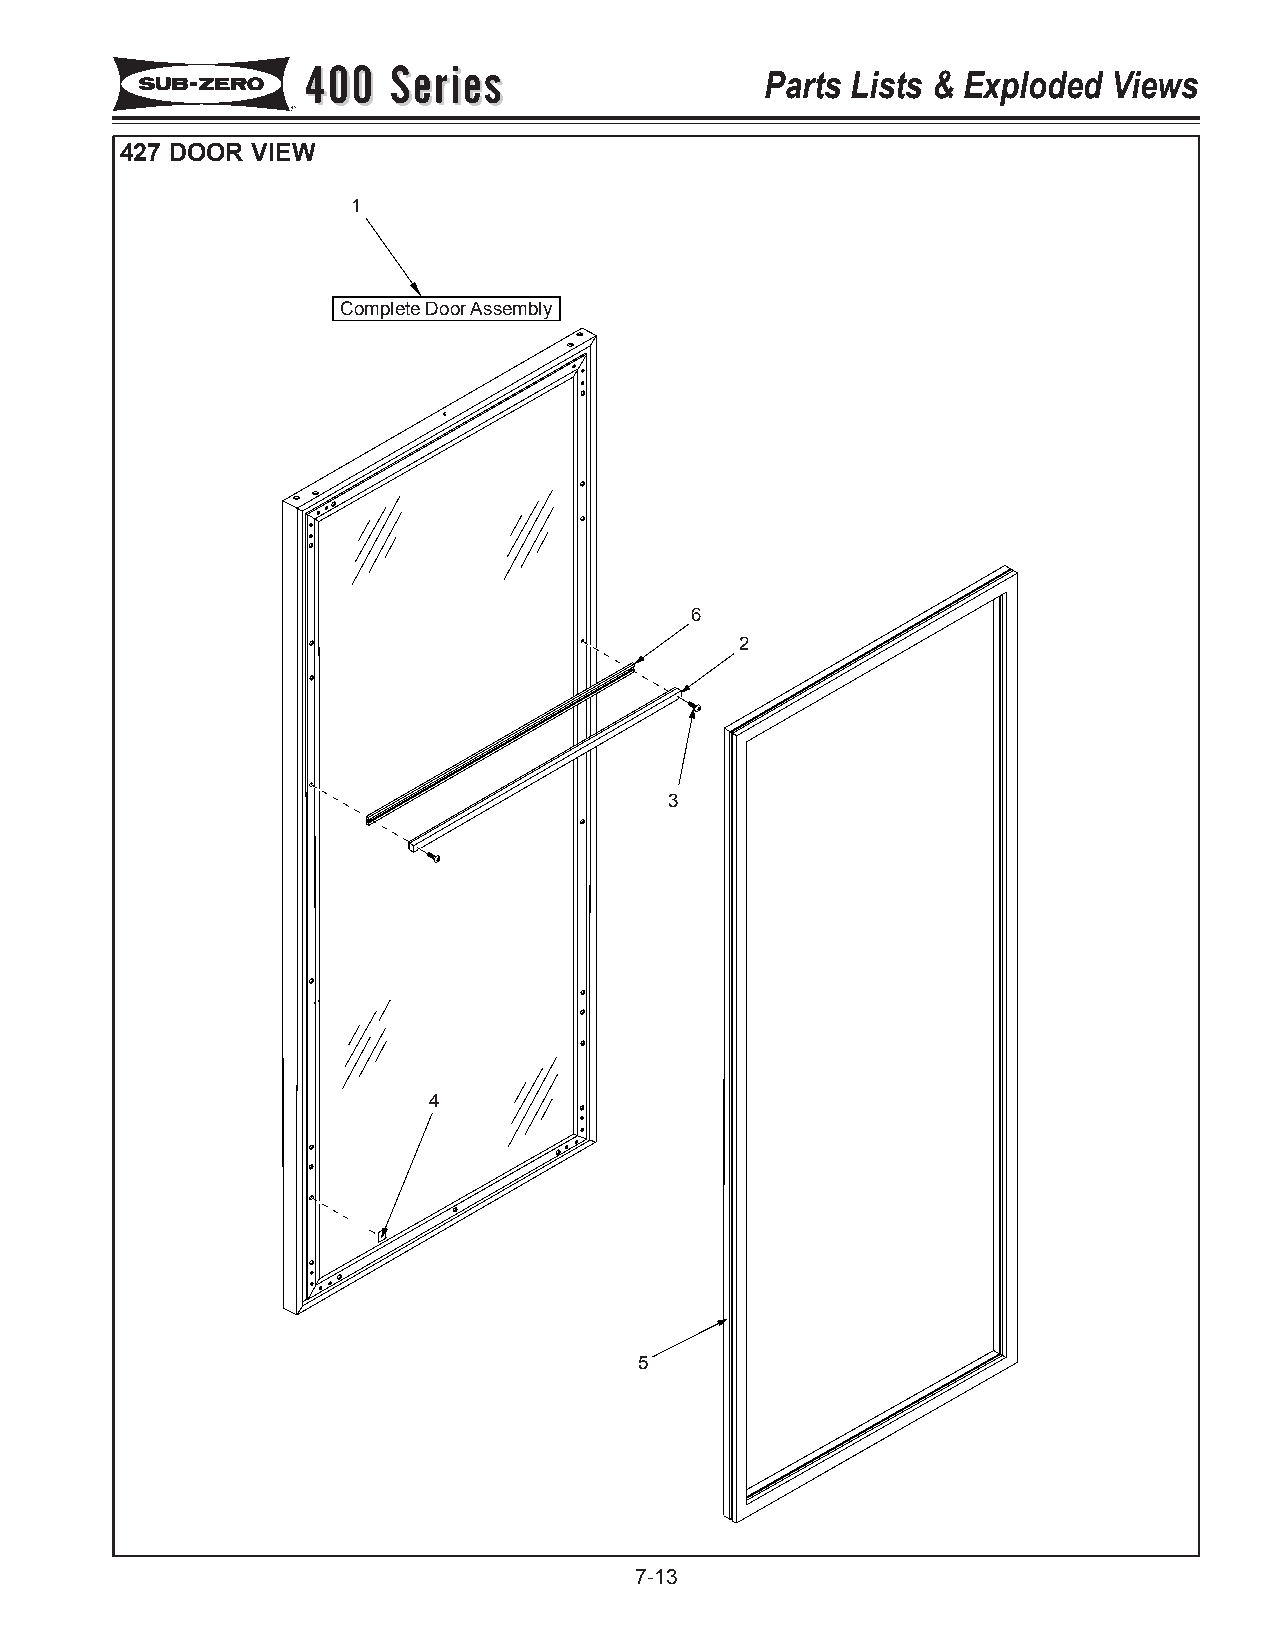
440000 SSeerriieess            Parts Lists & Exploded Views
 427 DOOR VIEW
 1
 Complete Door Assembly
 6
 2
 3
 4
 5
 7-13